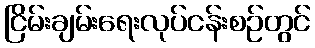
ငြိမ်းချမ်းရေးလုပ်ငန်းစဉ်တွင်